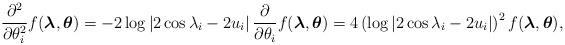
LaTeX: \begin{align*} \frac{\partial^{2}}{\partial \theta^{2}_{i}} f(\boldsymbol{\lambda},\boldsymbol{\theta }) = -2\log\left|2\cos\lambda_{i}-2u_{i}\right|\frac{\partial}{\partial \theta_{i}} f(\boldsymbol{\lambda},\boldsymbol{\theta}) = 4 \left(\log\left|2\cos\lambda_{i}-2u_{i}\right|\right)^{2} f(\boldsymbol{\lambda},\boldsymbol{\theta}), \end{align*}